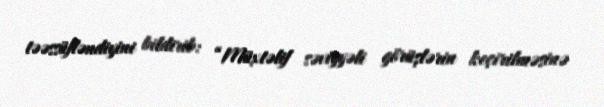
təəssüfləndiyini bildirib: “Müxtəlif səviyyəli görüşlərin keçirilməsinə